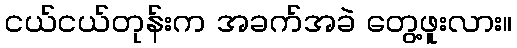
ငယ်ငယ်တုန်းက အခက်အခဲ တွေ့ဖူးလား။